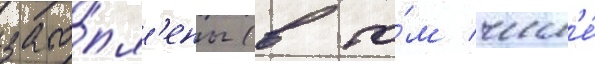
зато́пл'ены (в то́м числ'е́